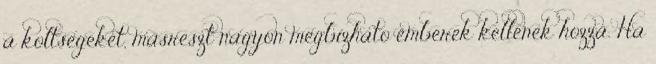
a koltsegeket, masreszt nagyon megbizhato emberek kellenek hozza. Ha